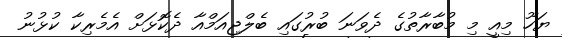
ޔަހޫ މިއީ މި މުބާރާތުގެ ދެވަނަ ބުރުގައި ބެލްޖިއަމްއާ ދެކޮޅަށް އެމެރިކާ ކުޅުނު